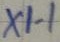
Text: X1-1